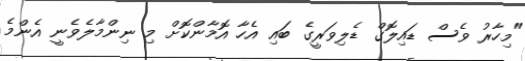
"މިހާރު ވެސް ޑައިލޮގް ޑެލިވަރީގެ ބައި އެހާ އޮމާންކޮށް މި ނިންމާލެވެނީ އެންމެ